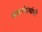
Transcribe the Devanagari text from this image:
संदर्भग्रंथांची